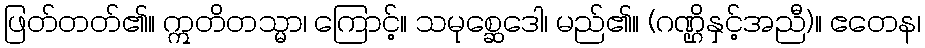
ဖြတ်တတ်၏။ ဣတိတသ္မာ၊ ကြောင့်။ သမုစ္ဆေဒေါ၊ မည်၏။ (ဂဏ္ဌိနှင့်အညီ)။ ဧတေန၊